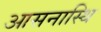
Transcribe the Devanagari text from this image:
आसनास्थि